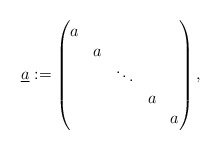
\begin{align*}\underline{a} := \begin{pmatrix}a \\& a\\&&\ddots \\&&& a \\&&&& a\end{pmatrix},\end{align*}